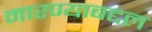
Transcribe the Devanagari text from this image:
मारण्याबद्दल